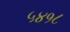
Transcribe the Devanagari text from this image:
५४१८